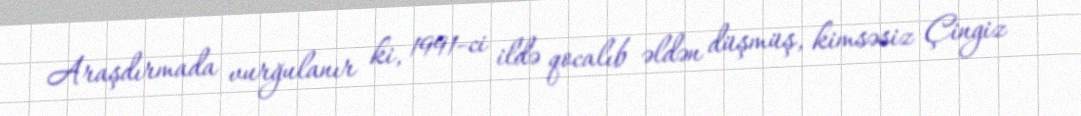
Araşdırmada vurğulanır ki, 1991-ci ildə qocalıb əldən düşmüş, kimsəsiz Çingiz